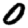
Digit: 0